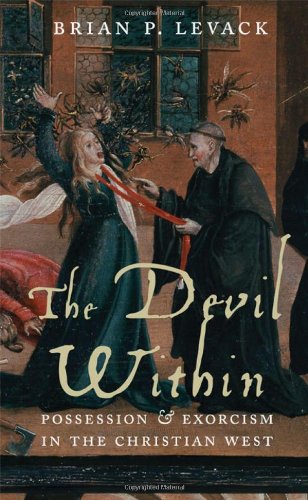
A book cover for The Devil Within: Possession and Exorcism in the Christian West; Brian Levack; Religion & Spirituality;